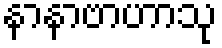
နာနာဗာဟာသု